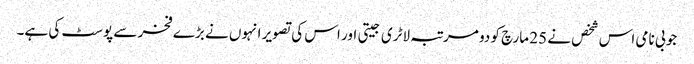
جو بی نامی اس شخص نے 25 مارچ کو دو مرتبہ لاٹری جیتی اور اس کی تصویر انہوں نے بڑے فخر سے پوسٹ کی ہے۔